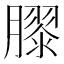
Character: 𭩎